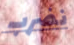
نضرب